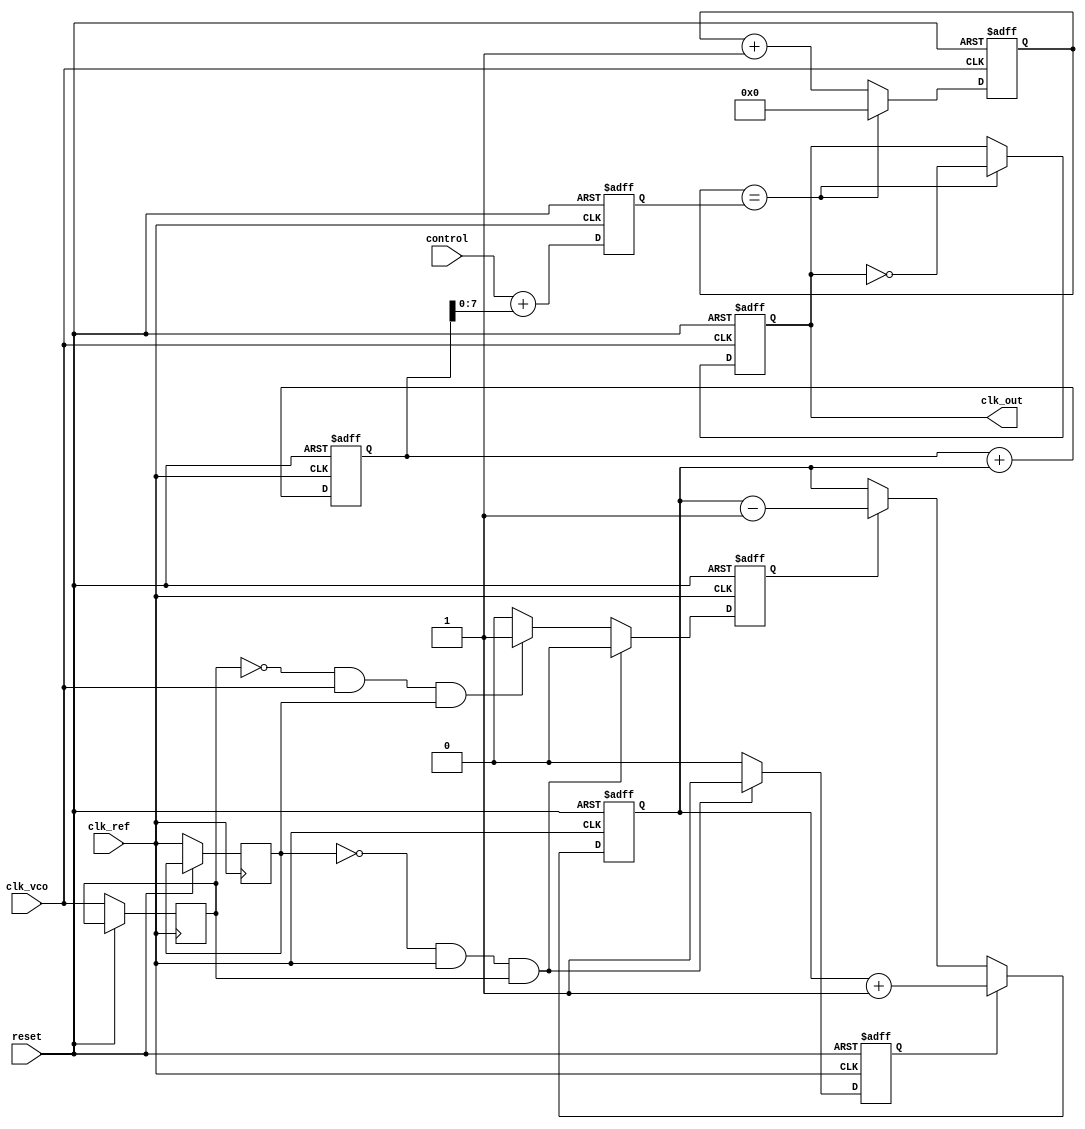
module ADPLL (
    input wire clk_ref,          // Reference clock input
    input wire clk_vco,          // VCO output clock
    input wire reset,            // Asynchronous reset
    input wire [7:0] control,    // Control input for VCO tuning
    output wire clk_out          // Output clock
);

// Phase Frequency Detector (PFD)
reg pfd_up, pfd_down;
reg clk_ref_d, clk_vco_d;

always @(posedge clk_ref or posedge reset) begin
    if (reset) begin
        pfd_up <= 0;
        pfd_down <= 0;
    end else begin
        clk_ref_d <= clk_ref;
        if (clk_ref_d == 0 && clk_ref == 1 && clk_vco_d == 1) begin
            pfd_up <= 1; // Reference clock leads VCO clock
            pfd_down <= 0;
        end else if (clk_vco_d == 0 && clk_vco == 1 && clk_ref_d == 1) begin
            pfd_down <= 1; // VCO clock leads reference clock
            pfd_up <= 0;
        end else begin
            pfd_up <= 0;
            pfd_down <= 0;
        end
        clk_vco_d <= clk_vco;
    end
end

// Charge Pump (CP)
reg [7:0] cp_output;

always @(posedge clk_ref or posedge reset) begin
    if (reset) begin
        cp_output <= 8'b0;
    end else begin
        if (pfd_up) begin
            cp_output <= cp_output + 1; // Charge up
        end else if (pfd_down) begin
            cp_output <= cp_output - 1; // Charge down
        end
    end
end

// Loop Filter (simple integrator)
reg [15:0] loop_filter_output;

always @(posedge clk_ref or posedge reset) begin
    if (reset) begin
        loop_filter_output <= 16'b0;
    end else begin
        loop_filter_output <= loop_filter_output + cp_output; // Simple integration
    end
end

// Voltage-Controlled Oscillator (VCO)
reg [7:0] vco_frequency;

always @(posedge clk_ref or posedge reset) begin
    if (reset) begin
        vco_frequency <= 8'b0;
    end else begin
        vco_frequency <= control + loop_filter_output[7:0]; // Control frequency
    end
end

// Frequency Divider
reg [3:0] divider_count;
reg clk_div;

always @(posedge clk_vco or posedge reset) begin
    if (reset) begin
        divider_count <= 4'b0;
        clk_div <= 0;
    end else begin
        if (divider_count == vco_frequency) begin
            clk_div <= ~clk_div; // Toggle output clock
            divider_count <= 4'b0; // Reset counter
        end else begin
            divider_count <= divider_count + 1;
        end
    end
end

// Output clock
assign clk_out = clk_div;

endmodule